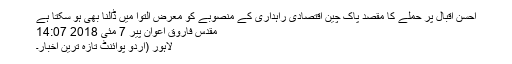
احسن اقبال پر حملے کا مقصد پاک چین اقتصادی راہداری کے منصوبے کو معرض التوا میں ڈالنا بھی ہو سکتا ہے
مقدس فاروق اعوان پیر 7 مئی 2018 14:07
لاہور (اُردو پوائنٹ تازہ ترین اخبار۔